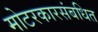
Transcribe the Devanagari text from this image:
मोटरकारसंबधित